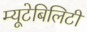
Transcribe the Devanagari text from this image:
म्यूटेबिलिटी